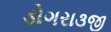
ડોગરા૩જી